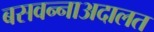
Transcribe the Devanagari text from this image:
बसवन्नाअदालत